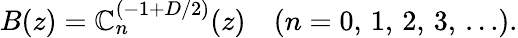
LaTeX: B(z)=\mathbb{C}_{n}^{(-1+D/2)}(z)\quad(n=0,\, 1,\, 2,\, 3,\, \ldots).